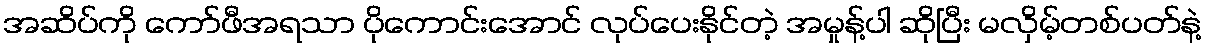
အဆိပ်ကို ကော်ဖီအရသာ ပိုကောင်းအောင် လုပ်ပေးနိုင်တဲ့ အမှုန့်ပါ ဆိုပြီး မလှိမ့်တစ်ပတ်နဲ့